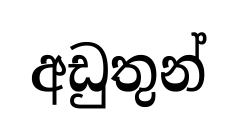
අඩුතුන්